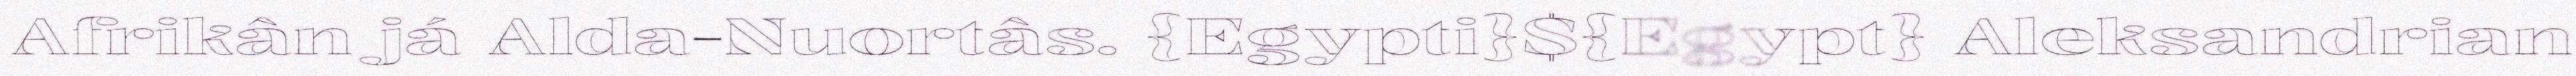
Afrikân já Alda-Nuortâs. {Egypti}${Egypt} Aleksandrian